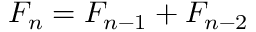
F _ { n } = F _ { n - 1 } + F _ { n - 2 }